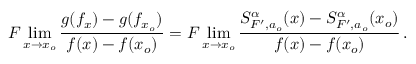
F \operatorname* { l i m } _ { x \rightarrow x _ { o } } \frac { g ( f _ { x } ) - g ( f _ { x _ { o } } ) } { f ( x ) - f ( x _ { o } ) } = F \operatorname* { l i m } _ { x \rightarrow x _ { o } } \frac { S _ { F ^ { \prime } , a _ { o } } ^ { \alpha } ( x ) - S _ { F ^ { \prime } , a _ { o } } ^ { \alpha } ( x _ { o } ) } { f ( x ) - f ( x _ { o } ) } \, .